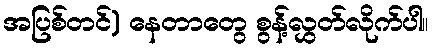
အပြစ်တင်) နေတာတွေ စွန့်လွှတ်လိုက်ပါ။